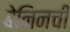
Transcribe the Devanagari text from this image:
बेनिनची